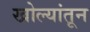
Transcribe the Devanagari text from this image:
खोल्यांतून